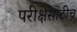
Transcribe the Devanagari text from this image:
परीक्षेसाठीच